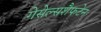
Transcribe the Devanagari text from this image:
गेसेल्सशैफटेन